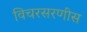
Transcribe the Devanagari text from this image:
विचरसरणीस